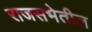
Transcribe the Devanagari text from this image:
राजसभेतील